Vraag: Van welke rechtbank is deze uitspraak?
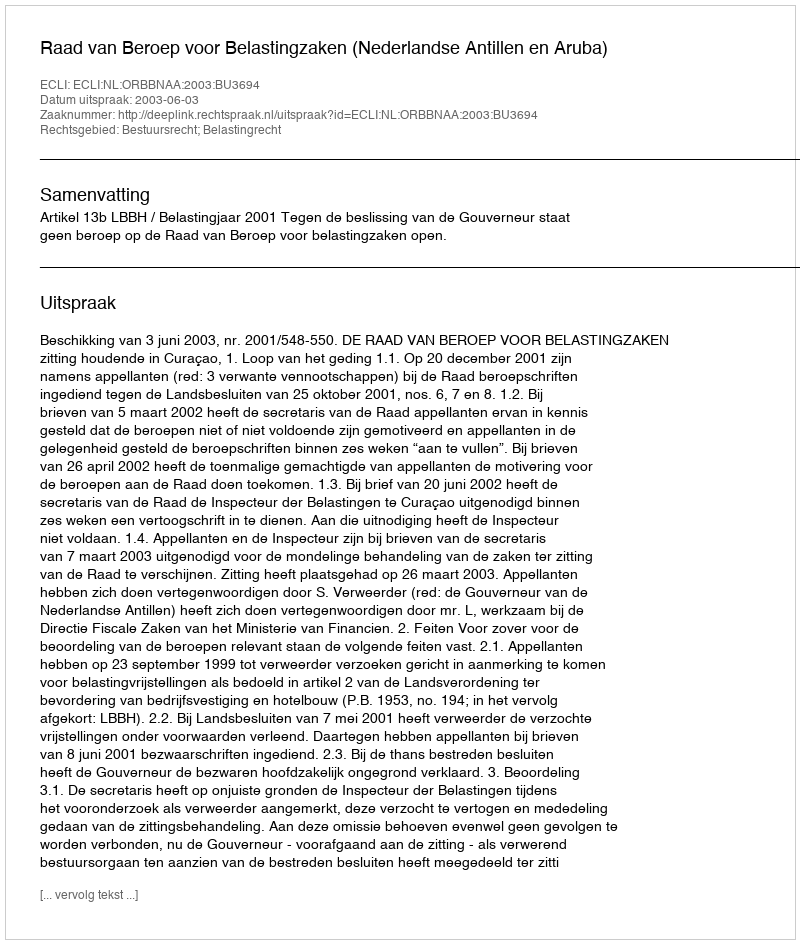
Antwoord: Raad van Beroep voor Belastingzaken (Nederlandse Antillen en Aruba)